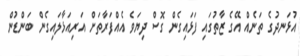
އުޅަނދުގެ ތަނެއް އޭގެ ޒާތުގައި ފަޅައިގެން ގޮސް ދިޔަވެ އެއްފަރާތަށް އަރިއަޅާލައިގެން ބަންޑުން